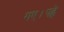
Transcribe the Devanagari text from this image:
गए।पह्ले